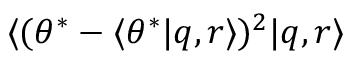
\langle ( \theta ^ { * } - \langle \theta ^ { * } | q , r \rangle ) ^ { 2 } | q , r \rangle